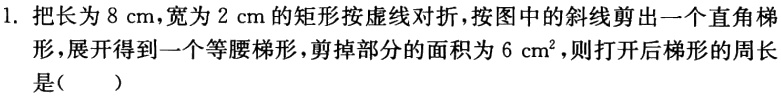
1. 把长为\(8\mathrm{cm}\)，宽为\(2\mathrm{cm}\)的矩形按虚线对折，按图中的斜线剪出一个直角梯形，展开得到一个等腰梯形，剪掉部分的面积为\(6\mathrm{cm}^2\)，则打开后梯形的周长是（  ）